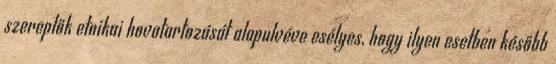
szereplők etnikai hovatartozását alapulvéve esélyes, hogy ilyen esetben később